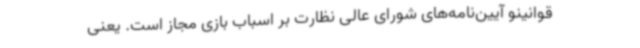
قوانینو آیین‌نامه‌های شورای عالی نظارت بر اسباب بازی مجاز است. یعنی